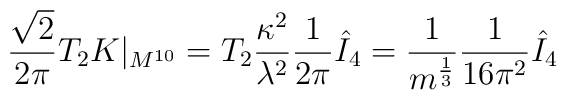
\frac{\sqrt{2}}{2\pi} T_2 K|_{M^{10}}= T_2 \frac{\kappa^2}{\lambda^2} \frac{1}{2\pi} \hat{I}_4= \frac{1}{m^{\frac{1}{3}}} \frac{1}{16\pi^2} \hat{I}_4